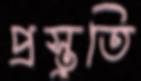
প্রস্তুতি